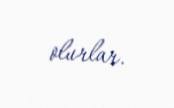
olurlar.